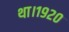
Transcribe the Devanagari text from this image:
था।१९२०